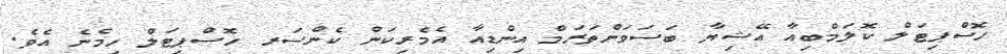
ހޮސްޕިޓަލް ކޮލަމްބިއާ އޭޝިޔާ ބަސަވަންތަރަމް އިންޑިއާ އެމެރިކަން ކެންސަރ ހޮސްޕިޓަލް ހިމެނެ އެވެ.